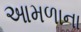
આમળાના